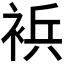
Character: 𰴀